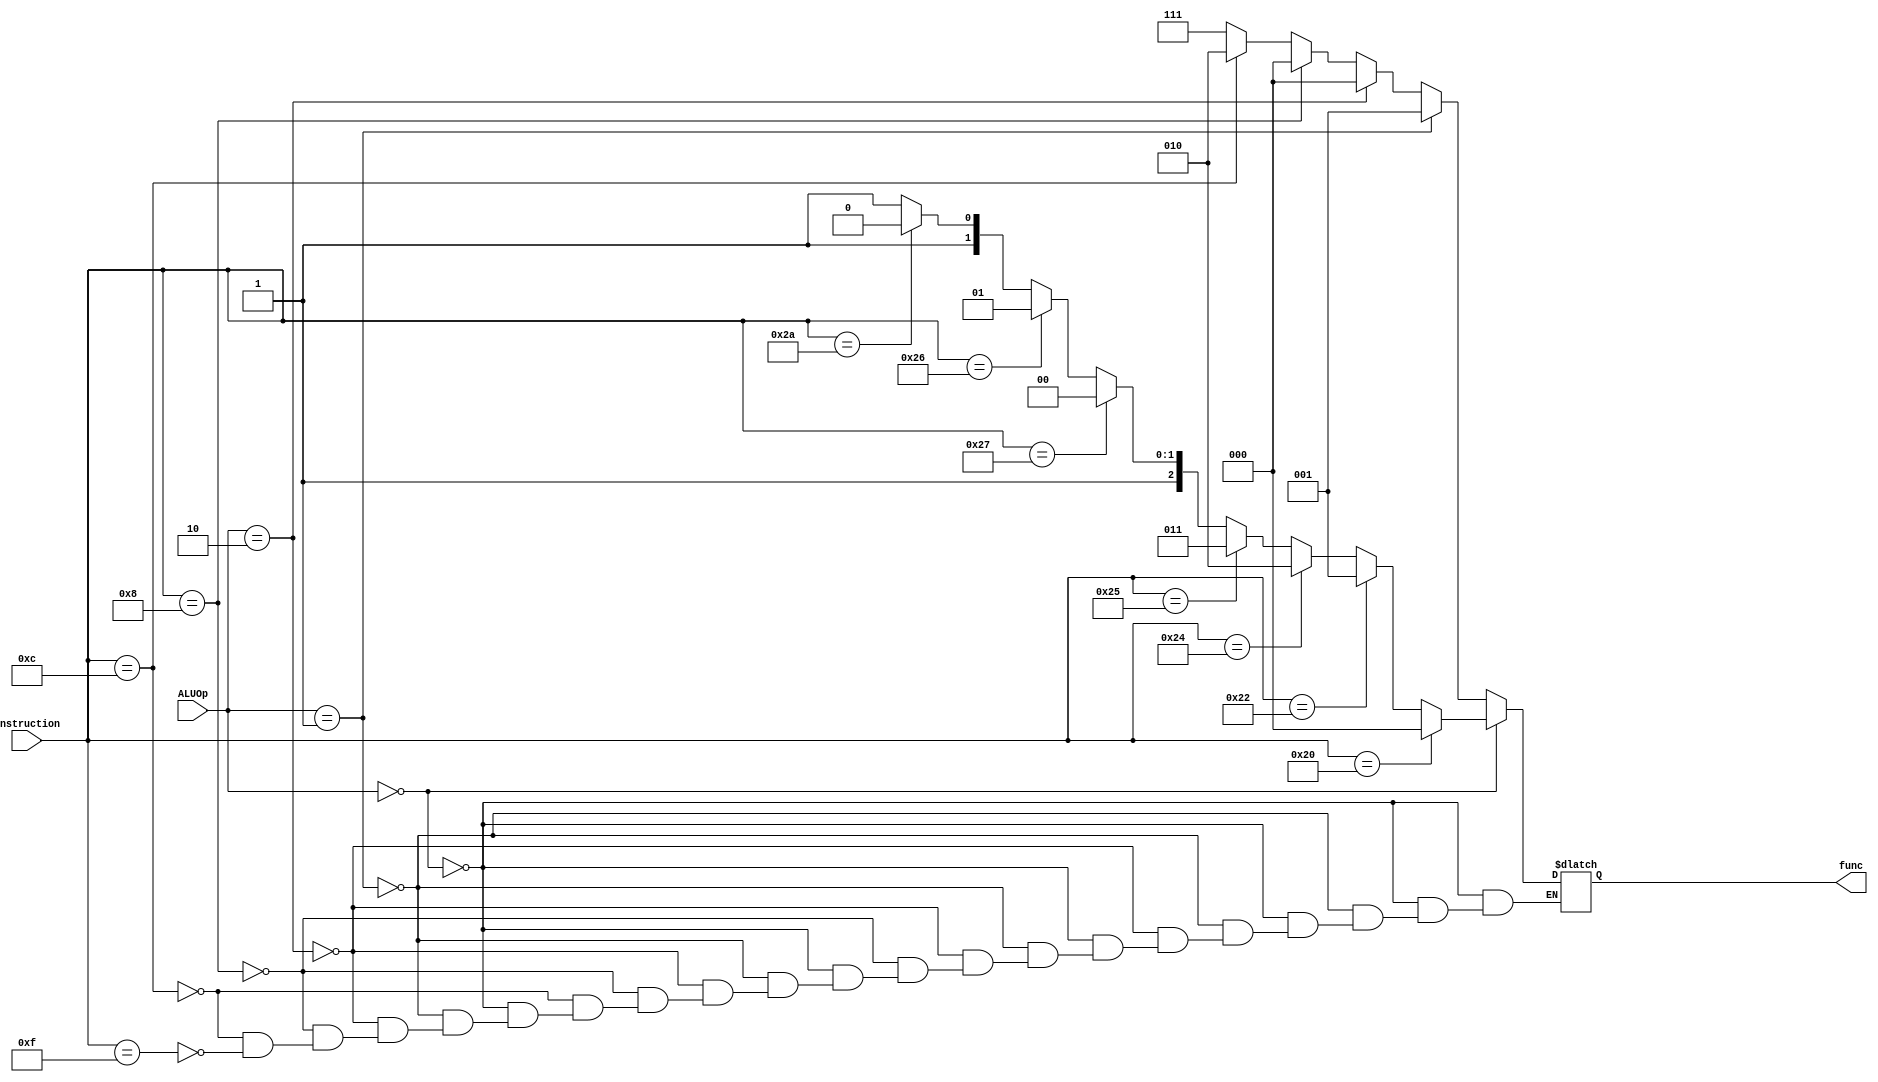
`timescale 1ns / 1ns

module ALU_control(
	 input [5:0] instruction,
	 input [1:0] ALUOp,
	 output reg [2:0] func
    );

    always @(*) begin
        if (ALUOp == 2'b00) begin  
            if (instruction == 6'h20) 
            func = 3'd0; // add
            else if (instruction == 6'h22)
            func = 3'd1; // sub
            else if (instruction == 6'h24)
            func = 3'd2; // and
            else if (instruction == 6'h25)
            func = 3'd3; // or
            else if (instruction == 6'h27)
            func = 3'd4; // nor
            else if (instruction == 6'h26)
            func = 3'd5; // xor
            else if (instruction == 6'h2a)
            func = 3'd6; // slt
            else
            func = 3'd7; // CHANGED TO LUI
        end else if (ALUOp == 2'b01) begin
            func = 3'd1;  // sub
        end else if (ALUOp == 2'b10) begin
            func = 3'd0; // add
        end else begin          // ALUOP == 2'b11
             if (instruction == 6'h08)
             func = 3'd0; // addi
             else if (instruction == 6'h0c)
             func = 3'd2; // andi
             else if (instruction == 6'h0f)
             func = 3'd7; // lui
             
        end
    end // always
    


endmodule